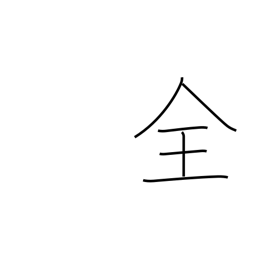
Meaning: whole